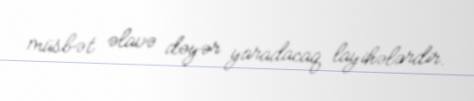
müsbət əlavə dəyər yaradacaq layihələrdir.